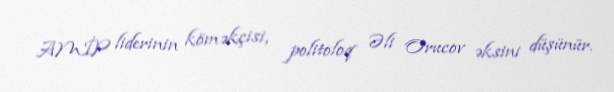
AMİP liderinin köməkçisi, politoloq Əli Orucov əksini düşünür.